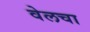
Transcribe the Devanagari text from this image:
वेलचा